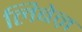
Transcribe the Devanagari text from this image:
लिबेऩ